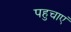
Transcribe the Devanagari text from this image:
पहुचाएं